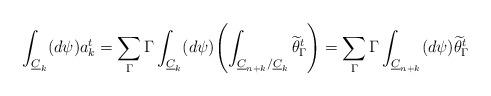
LaTeX: \begin{align*} \int_{\underline C_k} (d\psi) a^t_k = \sum_\Gamma \Gamma \int_{\underline C_k} (d\psi)\! \left(\int_{\underline C_{n+k}/\underline C_k} \widetilde \theta^t_\Gamma \right)= \sum_\Gamma \Gamma \int_{\underline C_{n+k}} (d\psi) \widetilde \theta^t_\Gamma\end{align*}